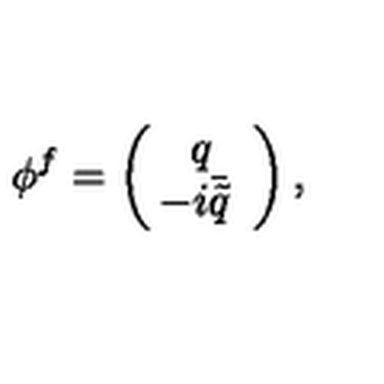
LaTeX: \phi ^ { f } = \left( \begin{array} { c c } { q } \\ { \! \! - i \bar { \tilde { q } } } \\ \end{array} \right) ,